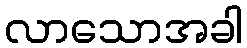
လာသောအခါ